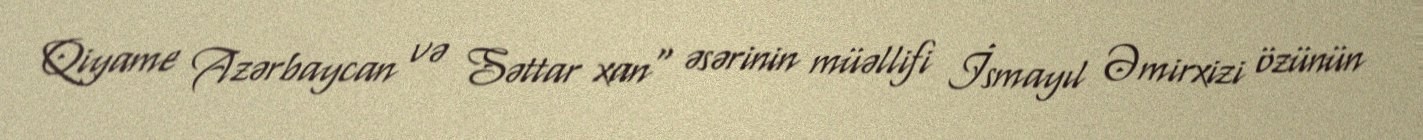
Qiyame Azərbaycan və Səttar xan" əsərinin müəllifi İsmayıl Əmirxizi özünün